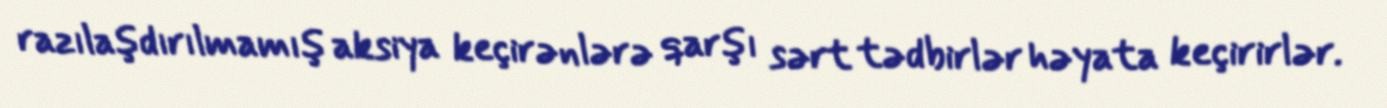
razılaşdırılmamış aksiya keçirənlərə qarşı sərt tədbirlər həyata keçirirlər.